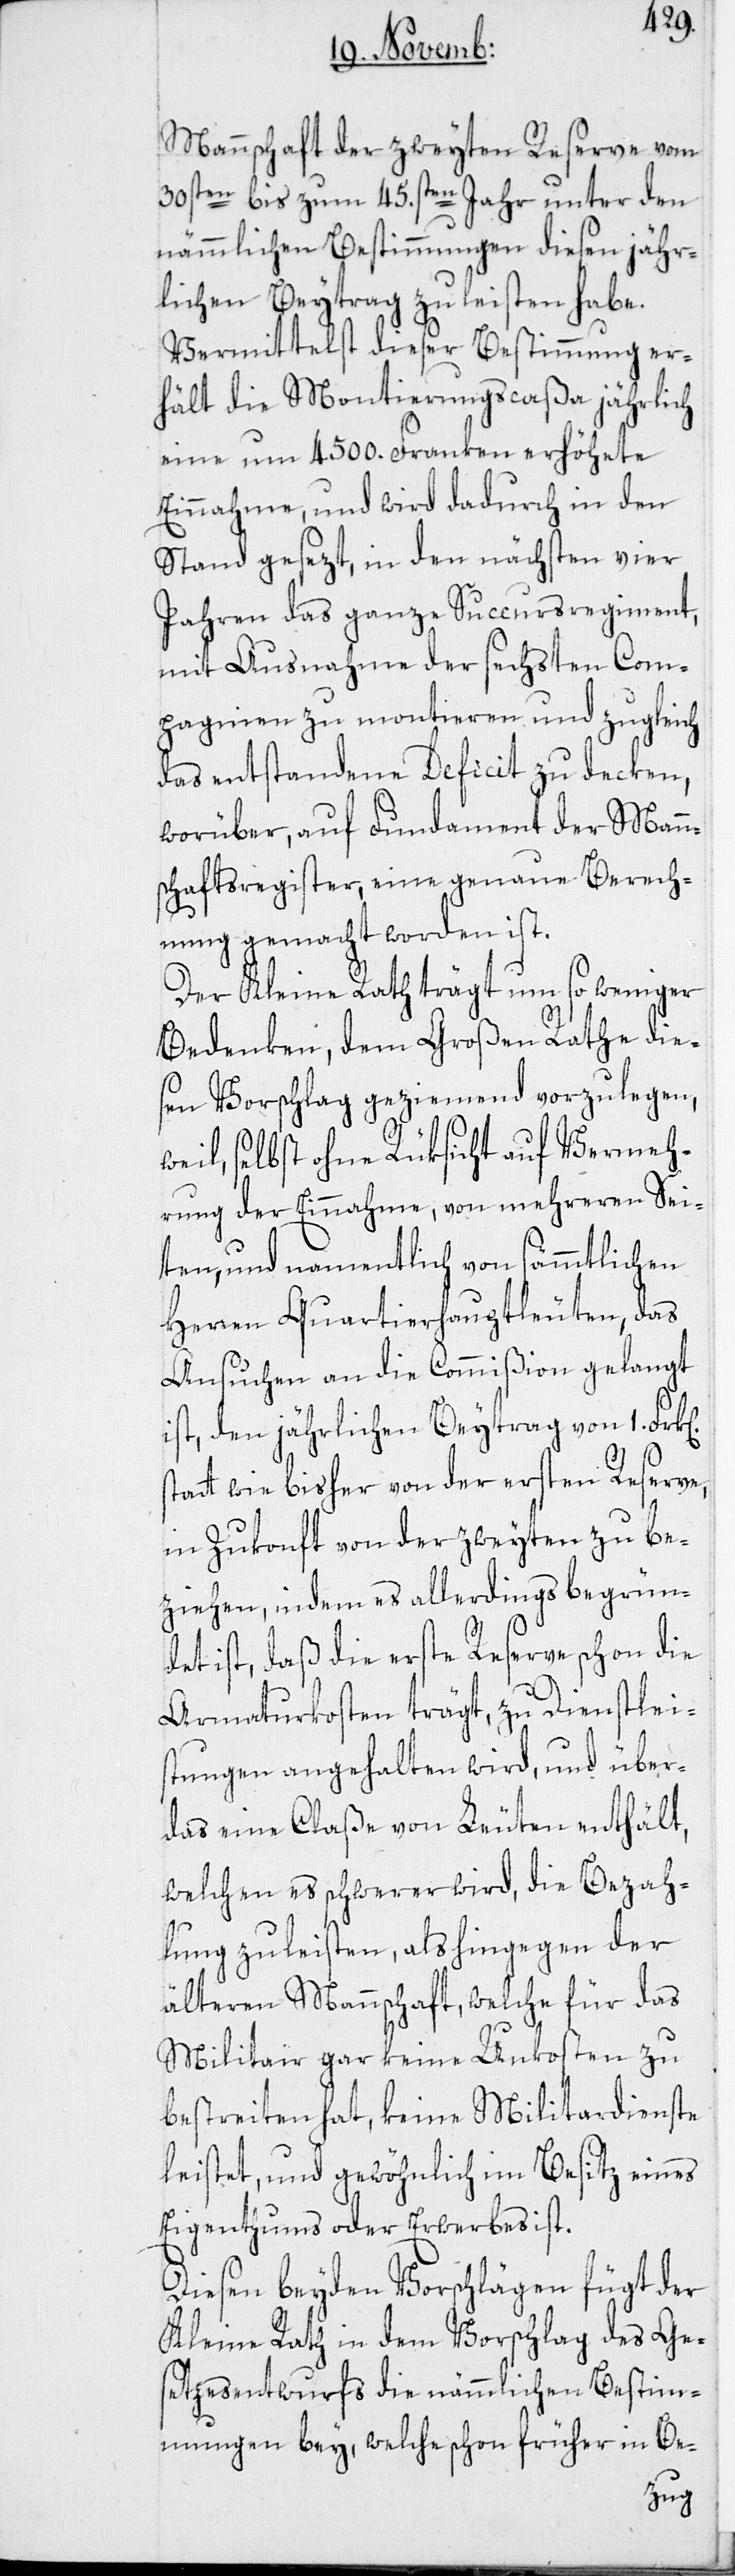
Mannschaft der zweyten Reserve vom
30sten bis zum 45.sten Jahr unter den
nämmlichen Bestimmungen diesen jähr¬
lichen Beytrag zu leisten habe.
Vermittelst dieser Bestimmung er¬
hält die Montierungscaßa jährlich
eine um 4500. Franken erhöhete
Einnahme, und wird dadurch in den
Stand gesezt, in den nächsten vier
Jahren das ganze Succursregiment,
mit Ausnahme der sechsten Com¬
pagnien zu montieren und zugleich
das entstandene Deficit zu decken,
worüber, auf Fundament der Mann¬
schaftsregister, eine genaue Berech¬
nung gemacht worden ist.
Der Kleine Rath trägt um so weniger
Bedenken, dem Großen Rathe dies¬
en Vorschlag geziemend vorzulegen,
weil, selbst ohne Rüksicht auf Vermeh¬
rung der Einnahme, von mehreren Sei¬
ten, und namentlich von sämmtlichen
Herren Quartierhauptleuten, das
Ansuchen an die Commißion gelangt
ist, den jährlichen Beytrag von 1.
wie bisher von der ersten Reserve,
in Zukonft von der zweyten zu be¬
ziehen, indem es allerdings begründ¬
et ist, daß die erste Reserve schon die
Armaturkosten trägt, zu Dienstlei¬
stungen angehalten wird, und über¬
das eine Claße von Leuten enthält,
welchen es schwerer wird, die Bezah¬
lung zu leisten, als hingegen der
älteren Mannschaft, welche für das
Militair gar keine Unkosten zu
bestreiten hat, keine Militardienste
leistet, und gewöhnlich im Besitz eines
Eigenthums oder Erwerbes ist.
Diesen beyden Vorschlägen fügt der
Kleine Rath in dem Vorschlag des Ge¬
setzesentwurfs die nämmlichen Bestim¬
mungen bey, welche schon früher in Be-